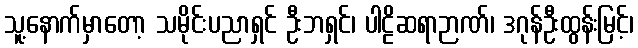
သူ့နောက်မှာတော့ သမိုင်းပညာရှင် ဦးဘရှင်၊ ပါဠိဆရာဉာဏ်၊ ဒဂုန်ဦးထွန်းမြင့်၊